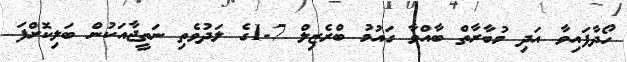
ހޯދާފައިވާ އަދި މުބާރާތް ބާއްވާ ގައުމު ބްރެޒިލް 7-1ގެ ލަދުވެތި ނަތީޖާއަކުން ބަލިކޮށްފަ